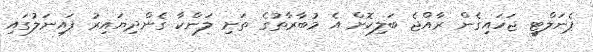
ޕެނަލްޓީ ޖަހައިގެން ރާއްޖެ ބަލިކޮށް އެ މުބާރާތުގެ ތަށި ލަންކާ ގެންދިޔައިރު ފައިނަލުގައި